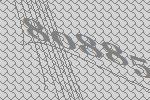
80885